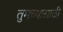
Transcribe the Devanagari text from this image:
तुमच्यासाठी